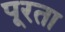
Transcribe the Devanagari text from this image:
पूरता